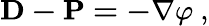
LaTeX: \mathbf{D-P=-\nabla}\varphi\ ,